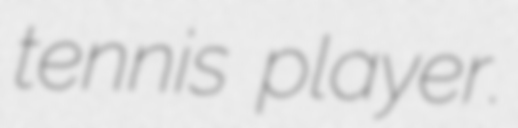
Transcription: tennis player.